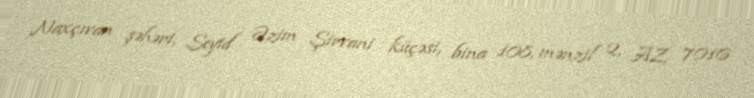
Naxçıvan şəhəri, Seyid Əzim Şirvani küçəsi, bina 108, mənzil 2, AZ 7016